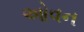
ઓવન